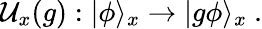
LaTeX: \mathcal{U}_{x}(g):|\phi\rangle_{x}\to|g\phi\rangle_{x}~.